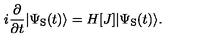
i \frac { \partial } { \partial t } | \Psi _ { \mathrm { S } } ( t ) \rangle = H [ J ] | \Psi _ { \mathrm { S } } ( t ) \rangle .